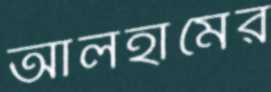
আলহামের